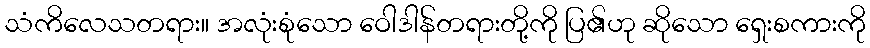
သံကိလေသတရား။ အလုံးစုံသော ဝေါဒါန်တရားတို့ကို ပြ၏ဟု ဆိုသော ရှေးစကားကို